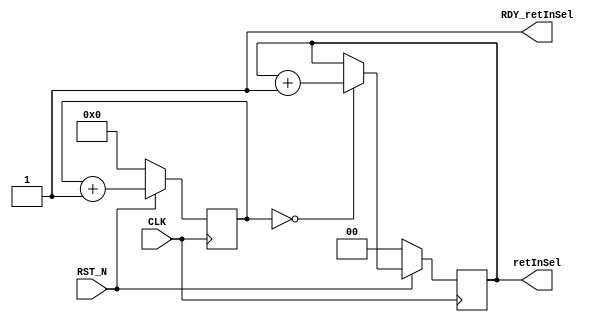
//
// Generated by Bluespec Compiler, version 2011.06.D (build 24470, 2011-06-30)
//
// On Thu Sep  1 16:21:39 IST 2011
//
// Method conflict info:
// Method: retInSel
// Conflict-free: retInSel
//
//
// Ports:
// Name                         I/O  size props
// retInSel                       O     2 reg
// RDY_retInSel                   O     1 const
// CLK                            I     1 clock
// RST_N                          I     1 reset
//
// No combinational paths from inputs to outputs
//
//

`ifdef BSV_ASSIGNMENT_DELAY
`else
`define BSV_ASSIGNMENT_DELAY
`endif

module mkInSel(CLK,
	       RST_N,

	       retInSel,
	       RDY_retInSel);
  input  CLK;
  input  RST_N;

  // value method retInSel
  output [1 : 0] retInSel;
  output RDY_retInSel;

  // signals for module outputs
  wire [1 : 0] retInSel;
  wire RDY_retInSel;

  // register c
  reg [24 : 0] c;
  wire [24 : 0] c$D_IN;
  wire c$EN;

  // register inp
  reg [1 : 0] inp;
  wire [1 : 0] inp$D_IN;
  wire inp$EN;

  // value method retInSel
  assign retInSel = inp ;
  assign RDY_retInSel = 1'd1 ;

  // register c
  assign c$D_IN = c + 25'd1 ;
  assign c$EN = 1'd1 ;

  // register inp
  assign inp$D_IN = inp + 2'd1 ;
  assign inp$EN = c == 25'b0 ;

  // handling of inlined registers

  always@(posedge CLK)
  begin
    if (!RST_N)
      begin
        c <= `BSV_ASSIGNMENT_DELAY 25'd0;
	inp <= `BSV_ASSIGNMENT_DELAY 2'd0;
      end
    else
      begin
        if (c$EN) c <= `BSV_ASSIGNMENT_DELAY c$D_IN;
	if (inp$EN) inp <= `BSV_ASSIGNMENT_DELAY inp$D_IN;
      end
  end

  // synopsys translate_off
  `ifdef BSV_NO_INITIAL_BLOCKS
  `else // not BSV_NO_INITIAL_BLOCKS
  initial
  begin
    c = 25'h0AAAAAA;
    inp = 2'h2;
  end
  `endif // BSV_NO_INITIAL_BLOCKS
  // synopsys translate_on
endmodule  // mkInSel